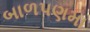
બાળપણમા